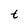
Character: t